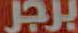
برجر